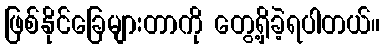
ဖြစ်နိုင်ခြေများတာကို တွေ့ရှိခဲ့ရပါတယ်။